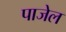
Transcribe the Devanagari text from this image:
पाजेल